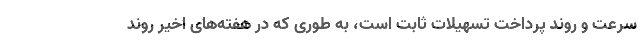
سرعت و روند پرداخت تسهیلات ثابت است، به طوری که در هفته‌های اخیر روند